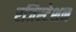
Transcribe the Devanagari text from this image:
रजिस्टेशन